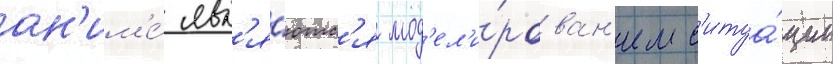
ан'им'е́ явл'я́ютс'я мод'ел'и́рован'ием с'итуа́ции